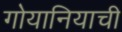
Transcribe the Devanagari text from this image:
गोयानियाची